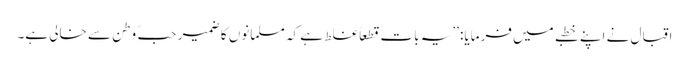
اقبال نے اپنے خطبے میں فرمایا: ’’یہ بات قطعاً غلط ہے کہ مسلمانوں کا ضمیر حبّ ِ وطن سے خالی ہے۔